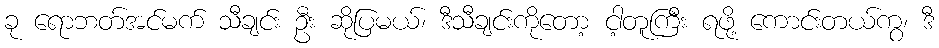
ခု ရောဘတ်အင်မက် သီချင်း ဦး ဆိုပြမယ်၊ ဒီသီချင်းကိုတော့ ငါ့တူကြီး ရဖို့ ကောင်းတယ်ကွ၊ ဒီ